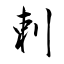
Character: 剌